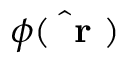
\hat { \phi ( \mathrm { ~ \bf ~ r ~ } ) }